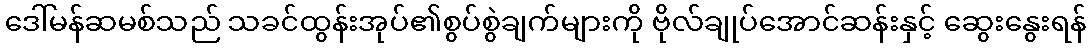
ဒေါ်မန်ဆမစ်သည် သခင်ထွန်းအုပ်၏စွပ်စွဲချက်များကို ဗိုလ်ချုပ်အောင်ဆန်းနှင့် ဆွေးနွေးရန်